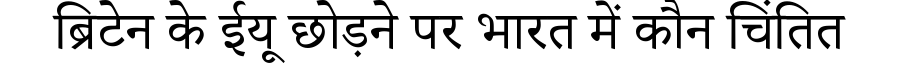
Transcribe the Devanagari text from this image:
ब्रिटेन के ईयू छोड़ने पर भारत में कौन चिंतित